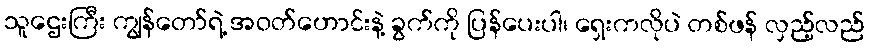
သူဌေးကြီး ကျွန်တော်ရဲ့ အဝတ်ဟောင်းနဲ့ ခွက်ကို ပြန်ပေးပါ၊ ရှေးကလိုပဲ တစ်ဖန် လှည့်လည်